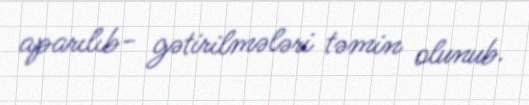
aparılıb- gətirilmələri təmin olunub.